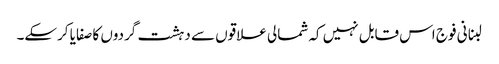
لبنانی فوج اس قابل نہیں کہ شمالی علاقوں سے دہشت گردوں کا صفایا کرسکے۔